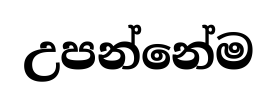
උපන්නේම